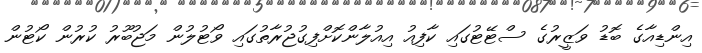
އިންޑިއާގެ ބޮޑު ވަޒީރުގެ ސްޓޭޓުގައި ކާފިއު އިއުލާންކޮށްފިގުޖުރާތުގައި ވޯޓުލުން މަޖުބޫރު ކުރުން ކޯޓުން